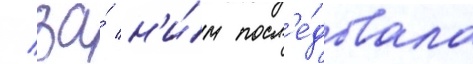
/ за́ н'и́м посл'е́довала